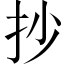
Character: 抄